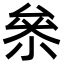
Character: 㕘